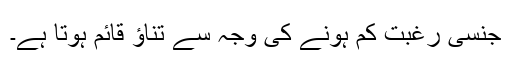
جنسی رغبت کم ہونے کی وجہ سے تناﺅ قائم ہوتا ہے۔